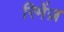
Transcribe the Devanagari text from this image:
रिमेंज़